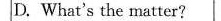
D.What's the matte。